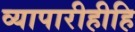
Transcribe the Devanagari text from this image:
व्यापारीहीहि